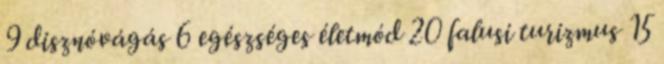
9 disznóvágás 6 egészséges életmód 20 falusi turizmus 15